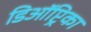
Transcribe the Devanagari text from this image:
डिऑप्ट्रिका